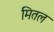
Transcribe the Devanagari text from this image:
मितल